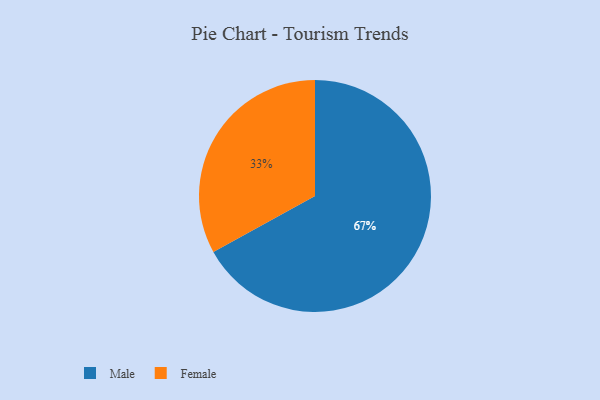
{"axis": {"x": "Category", "y": "Percentage"}, "legend": ["Female", "Male"], "data": [{"x": "Male", "y": 67, "type": "Male"}, {"x": "Female", "y": 33, "type": "Female"}]}